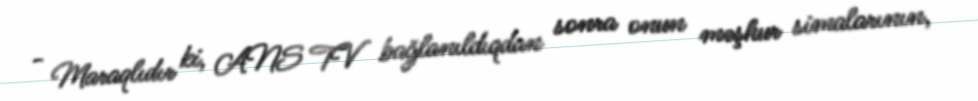
- Maraqlıdır ki, ANS TV bağlanıldıqdan sonra onun məşhur simalarının,